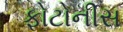
ફોટોનીસ